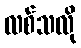
လစ်သလို